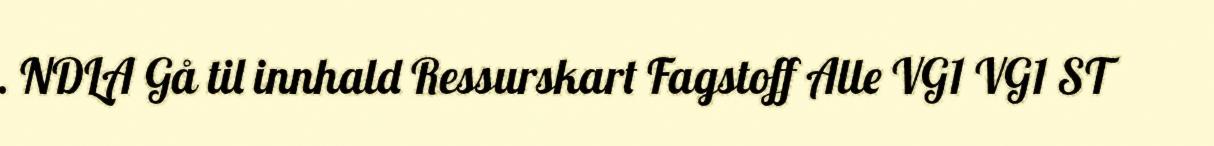
. NDLA Gå til innhald Ressurskart Fagstoff Alle VG1 VG1 ST